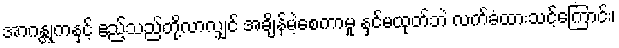
အာဂန္တုကနှင့် ဧည့်သည်တို့လာလျှင် အချိန်မဲ့စေကာမူ နှင်မထုတ်ဘဲ လက်ခံထားသင့်ကြောင်း၊